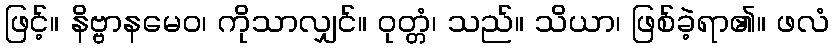
ဖြင့်။ နိဗ္ဗာနမေဝ၊ ကိုသာလျှင်။ ဝုတ္တံ၊ သည်။ သိယာ၊ ဖြစ်ခဲ့ရာ၏။ ဖလံ